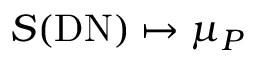
S ( \mathrm { D N } ) \mapsto \mu _ { P }